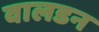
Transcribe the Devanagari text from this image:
वालडन